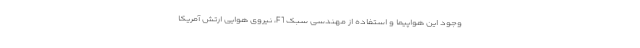
وجود این هواپیما و استفاده از مهندسی سبک F1، نیروی هوایی ارتش آمریکا